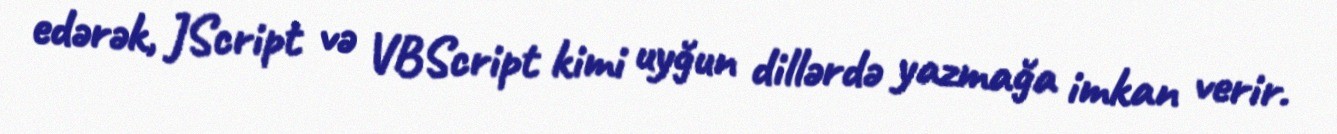
edərək, JScript və VBScript kimi uyğun dillərdə yazmağa imkan verir.